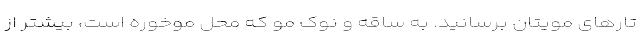
تارهای مویتان برسانید. به ساقه و نوک مو که محل موخوره است، بیشتر از